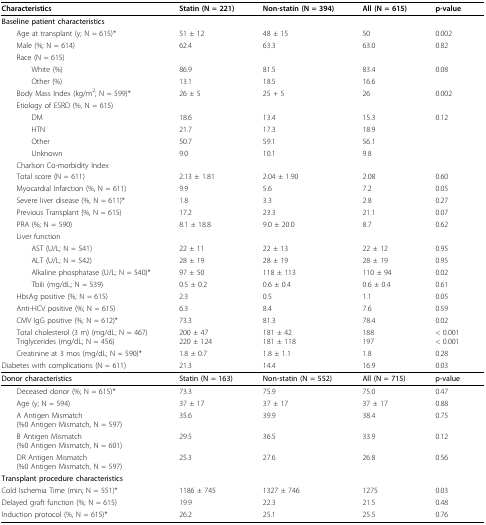
<table><thead><tr><td><b>Characteristics</b></td><td><b>Statin (N = 221)</b></td><td><b>Non-statin (N = 394)</b></td><td><b>All (N = 615)</b></td><td><b>p-value</b></td></tr></thead><tbody><tr><td><b>Baseline patient characteristics</b></td><td>[EMPTY_CELL]</td><td>[EMPTY_CELL]</td><td>[EMPTY_CELL]</td><td>[EMPTY_CELL]</td></tr><tr><td> Age at transplant (y; N = 615) *</td><td>51 ± 12</td><td>48 ± 15</td><td>50</td><td>0.002</td></tr><tr><td> Male (%; N = 614)</td><td>62.4</td><td>63.3</td><td>63.0</td><td>0.82</td></tr><tr><td> Race (N = 615)</td><td>[EMPTY_CELL]</td><td>[EMPTY_CELL]</td><td>[EMPTY_CELL]</td><td>[EMPTY_CELL]</td></tr><tr><td>White (%)</td><td>86.9</td><td>81.5</td><td>83.4</td><td>0.08</td></tr><tr><td>Other (%)</td><td>13.1</td><td>18.5</td><td>16.6</td><td>[EMPTY_CELL]</td></tr><tr><td> Body Mass Index (kg/m<sup>2</sup>; N = 599) *</td><td>26 ± 5</td><td>25 + 5</td><td>26</td><td>0.002</td></tr><tr><td> Etiology of ESRD (%, N = 615)</td><td>[EMPTY_CELL]</td><td>[EMPTY_CELL]</td><td>[EMPTY_CELL]</td><td>[EMPTY_CELL]</td></tr><tr><td>DM</td><td>18.6</td><td>13.4</td><td>15.3</td><td>0.12</td></tr><tr><td>HTN</td><td>21.7</td><td>17.3</td><td>18.9</td><td>[EMPTY_CELL]</td></tr><tr><td>Other</td><td>50.7</td><td>59.1</td><td>56.1</td><td>[EMPTY_CELL]</td></tr><tr><td>Unknown</td><td>9.0</td><td>10.1</td><td>9.8</td><td>[EMPTY_CELL]</td></tr><tr><td> Charlson Co-morbidity Index</td><td>[EMPTY_CELL]</td><td>[EMPTY_CELL]</td><td>[EMPTY_CELL]</td><td>[EMPTY_CELL]</td></tr><tr><td> Total score (N = 611)</td><td>2.13 ± 1.81</td><td>2.04 ± 1.90</td><td>2.08</td><td>0.60</td></tr><tr><td> Myocardial Infarction (%, N = 611)</td><td>9.9</td><td>5.6</td><td>7.2</td><td>0.05</td></tr><tr><td> Severe liver disease (%, N = 611) *</td><td>1.8</td><td>3.3</td><td>2.8</td><td>0.27</td></tr><tr><td> Previous Transplant (%, N = 615)</td><td>17.2</td><td>23.3</td><td>21.1</td><td>0.07</td></tr><tr><td> PRA (%; N = 590)</td><td>8.1 ± 18.8</td><td>9.0 ± 20.0</td><td>8.7</td><td>0.62</td></tr><tr><td> Liver function</td><td>[EMPTY_CELL]</td><td>[EMPTY_CELL]</td><td>[EMPTY_CELL]</td><td>[EMPTY_CELL]</td></tr><tr><td>AST (U/L; N = 541)</td><td>22 ± 11</td><td>22 ± 13</td><td>22 ± 12</td><td>0.95</td></tr><tr><td>ALT (U/L; N = 542)</td><td>28 ± 19</td><td>28 ± 19</td><td>28 ± 19</td><td>0.95</td></tr><tr><td>Alkaline phosphatase (U/L; N = 540)*</td><td>97 ± 50</td><td>118 ± 113</td><td>110 ± 94</td><td>0.02</td></tr><tr><td>Tbili (mg/dL; N = 539)</td><td>0.5 ± 0.2</td><td>0.6 ± 0.4</td><td>0.6 ± 0.4</td><td>0.61</td></tr><tr><td> HbsAg positive (%; N = 615)</td><td>2.3</td><td>0.5</td><td>1.1</td><td>0.05</td></tr><tr><td> Anti-HCV positive (%; N = 615)</td><td>6.3</td><td>8.4</td><td>7.6</td><td>0.59</td></tr><tr><td> CMV IgG positive (%; N = 612) *</td><td>73.3</td><td>81.3</td><td>78.4</td><td>0.02</td></tr><tr><td> Total cholesterol (3 m) (mg/dL; N = 467)Triglycerides (mg/dL; N = 456)</td><td>200 ± 47220 ± 124</td><td>181 ± 42181 ± 118</td><td>188197</td><td>&lt; 0.001&lt; 0.001</td></tr><tr><td> Creatinine at 3 mos (mg/dL; N = 590)*</td><td>1.8 ± 0.7</td><td>1.8 ± 1.1</td><td>1.8</td><td>0.28</td></tr><tr><td>Diabetes with complications (N = 611)</td><td>21.3</td><td>14.4</td><td>16.9</td><td>0.03</td></tr><tr><td><b>Donor characteristics</b></td><td><b>Statin (N = 163)</b></td><td><b>Non-statin (N = 552)</b></td><td><b>All (N = 715)</b></td><td><b>p-value</b></td></tr><tr><td> Deceased donor (%; N = 615)*</td><td>73.3</td><td>75.9</td><td>75.0</td><td>0.47</td></tr><tr><td> Age (y; N = 594)</td><td>37 ± 17</td><td>37 ± 17</td><td>37 ± 17</td><td>0.88</td></tr><tr><td> A Antigen Mismatch(%0 Antigen Mismatch, N = 597)</td><td>35.6</td><td>39.9</td><td>38.4</td><td>0.75</td></tr><tr><td> B Antigen Mismatch(%0 Antigen Mismatch, N = 601)</td><td>29.5</td><td>36.5</td><td>33.9</td><td>0.12</td></tr><tr><td> DR Antigen Mismatch(%0 Antigen Mismatch, N = 597)</td><td>25.3</td><td>27.6</td><td>26.8</td><td>0.56</td></tr><tr><td><b>Transplant procedure characteristics</b></td><td>[EMPTY_CELL]</td><td>[EMPTY_CELL]</td><td>[EMPTY_CELL]</td><td>[EMPTY_CELL]</td></tr><tr><td>Cold Ischemia Time (min; N = 551)*</td><td>1186 ± 745</td><td>1327 ± 746</td><td>1275</td><td>0.03</td></tr><tr><td>Delayed graft function (%; N = 615)</td><td>19.9</td><td>22.3</td><td>21.5</td><td>0.48</td></tr><tr><td>Induction protocol (%, N = 615)*</td><td>26.2</td><td>25.1</td><td>25.5</td><td>0.76</td></tr></tbody></table>